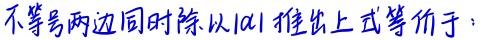
不等号两边同时除以$|a|$推出上式等价于：